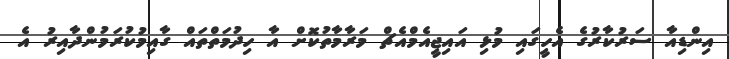
އިންޑިއާ ސަރުކާރުގެ އެހީގައި މުޅި އައިޖީއެމްއެޗް މަރާމާތުކޮށް އާ ހިދުމަތްތައް ގާއިމުކުރަމުންދާއިރު އެ